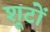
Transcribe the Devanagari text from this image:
शूटों